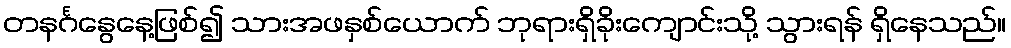
တနင်္ဂနွေနေ့ဖြစ်၍ သားအဖနှစ်ယောက် ဘုရားရှိခိုးကျောင်းသို့ သွားရန် ရှိနေသည်။